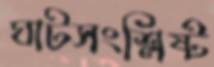
ঘাটসংশ্লিষ্ট